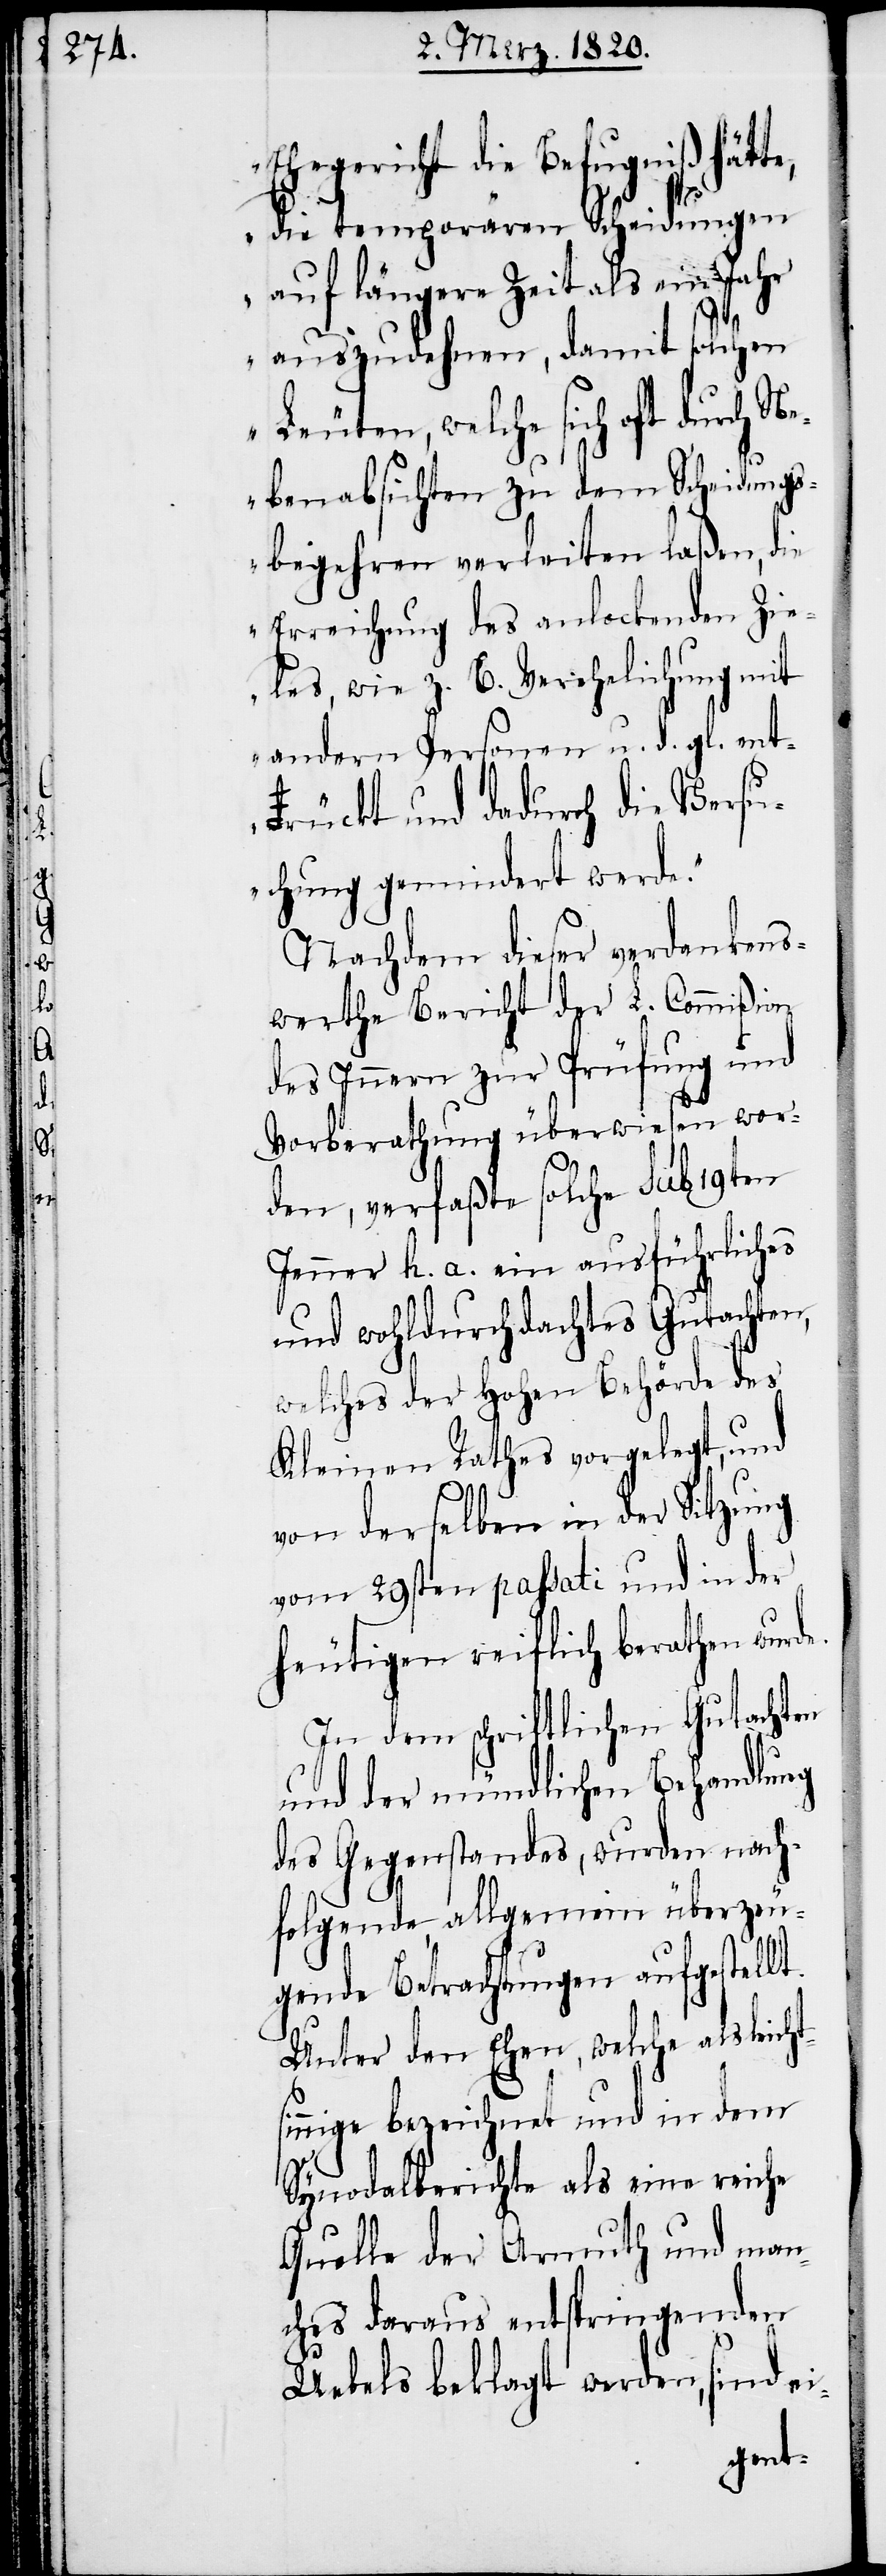
Ehegericht die Befugniß hätte,
die temporären Scheidungen
auf längere Zeit als ein Jahr
auszudehnen, damit solchen
Leuten, welche sich oft durch N¬
ebenabsichten zu dem Scheidungs¬
begehren verleiten laßen, die
Erreichung des anlockenden Zie¬
les, wie z. B. Verehelichung mit
andern Personen u. d. gl. ent¬
rückt und dadurch die Versu¬
chung gemindert werde.“
Nachdem dieser verdankens¬
werthe Bericht der L. Commißion
des Innern zur Prüfung und
Vorberathung überwiesen wor¬
den, verfaßte solche sub 19ten
Jenner h. a. ein ausführliches
und wohldurchdachtes Gutachten,
welches der Hohen Behörde des
Kleinen Rathes vorgelegt, und
von derselben in der Sitzung
vom 29sten passati und in der
heutigen reiflich berathen wurde.
In dem schriftlichen Gutachten
und der mündlichen Behandlung
des Gegenstandes, wurden nach¬
folgende, allgemein überzeu¬
gende Betrachtungen aufgestellt.
Unter den Ehen, welche als leicht¬
sinnige bezeichnet und in dem
Synodalberichte als eine reiche
Quelle der Armuth und man¬
ches daraus entspringenden
Uebels beklagt werden, sind ei-